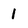
Character: 1